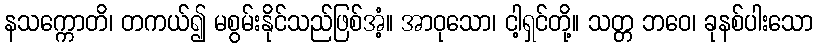
နသက္ကောတိ၊ တကယ်၍ မစွမ်းနိုင်သည်ဖြစ်အံ့။ အာဝုသော၊ ငါ့ရှင်တို့။ သတ္တ ဘဝေ၊ ခုနစ်ပါးသော